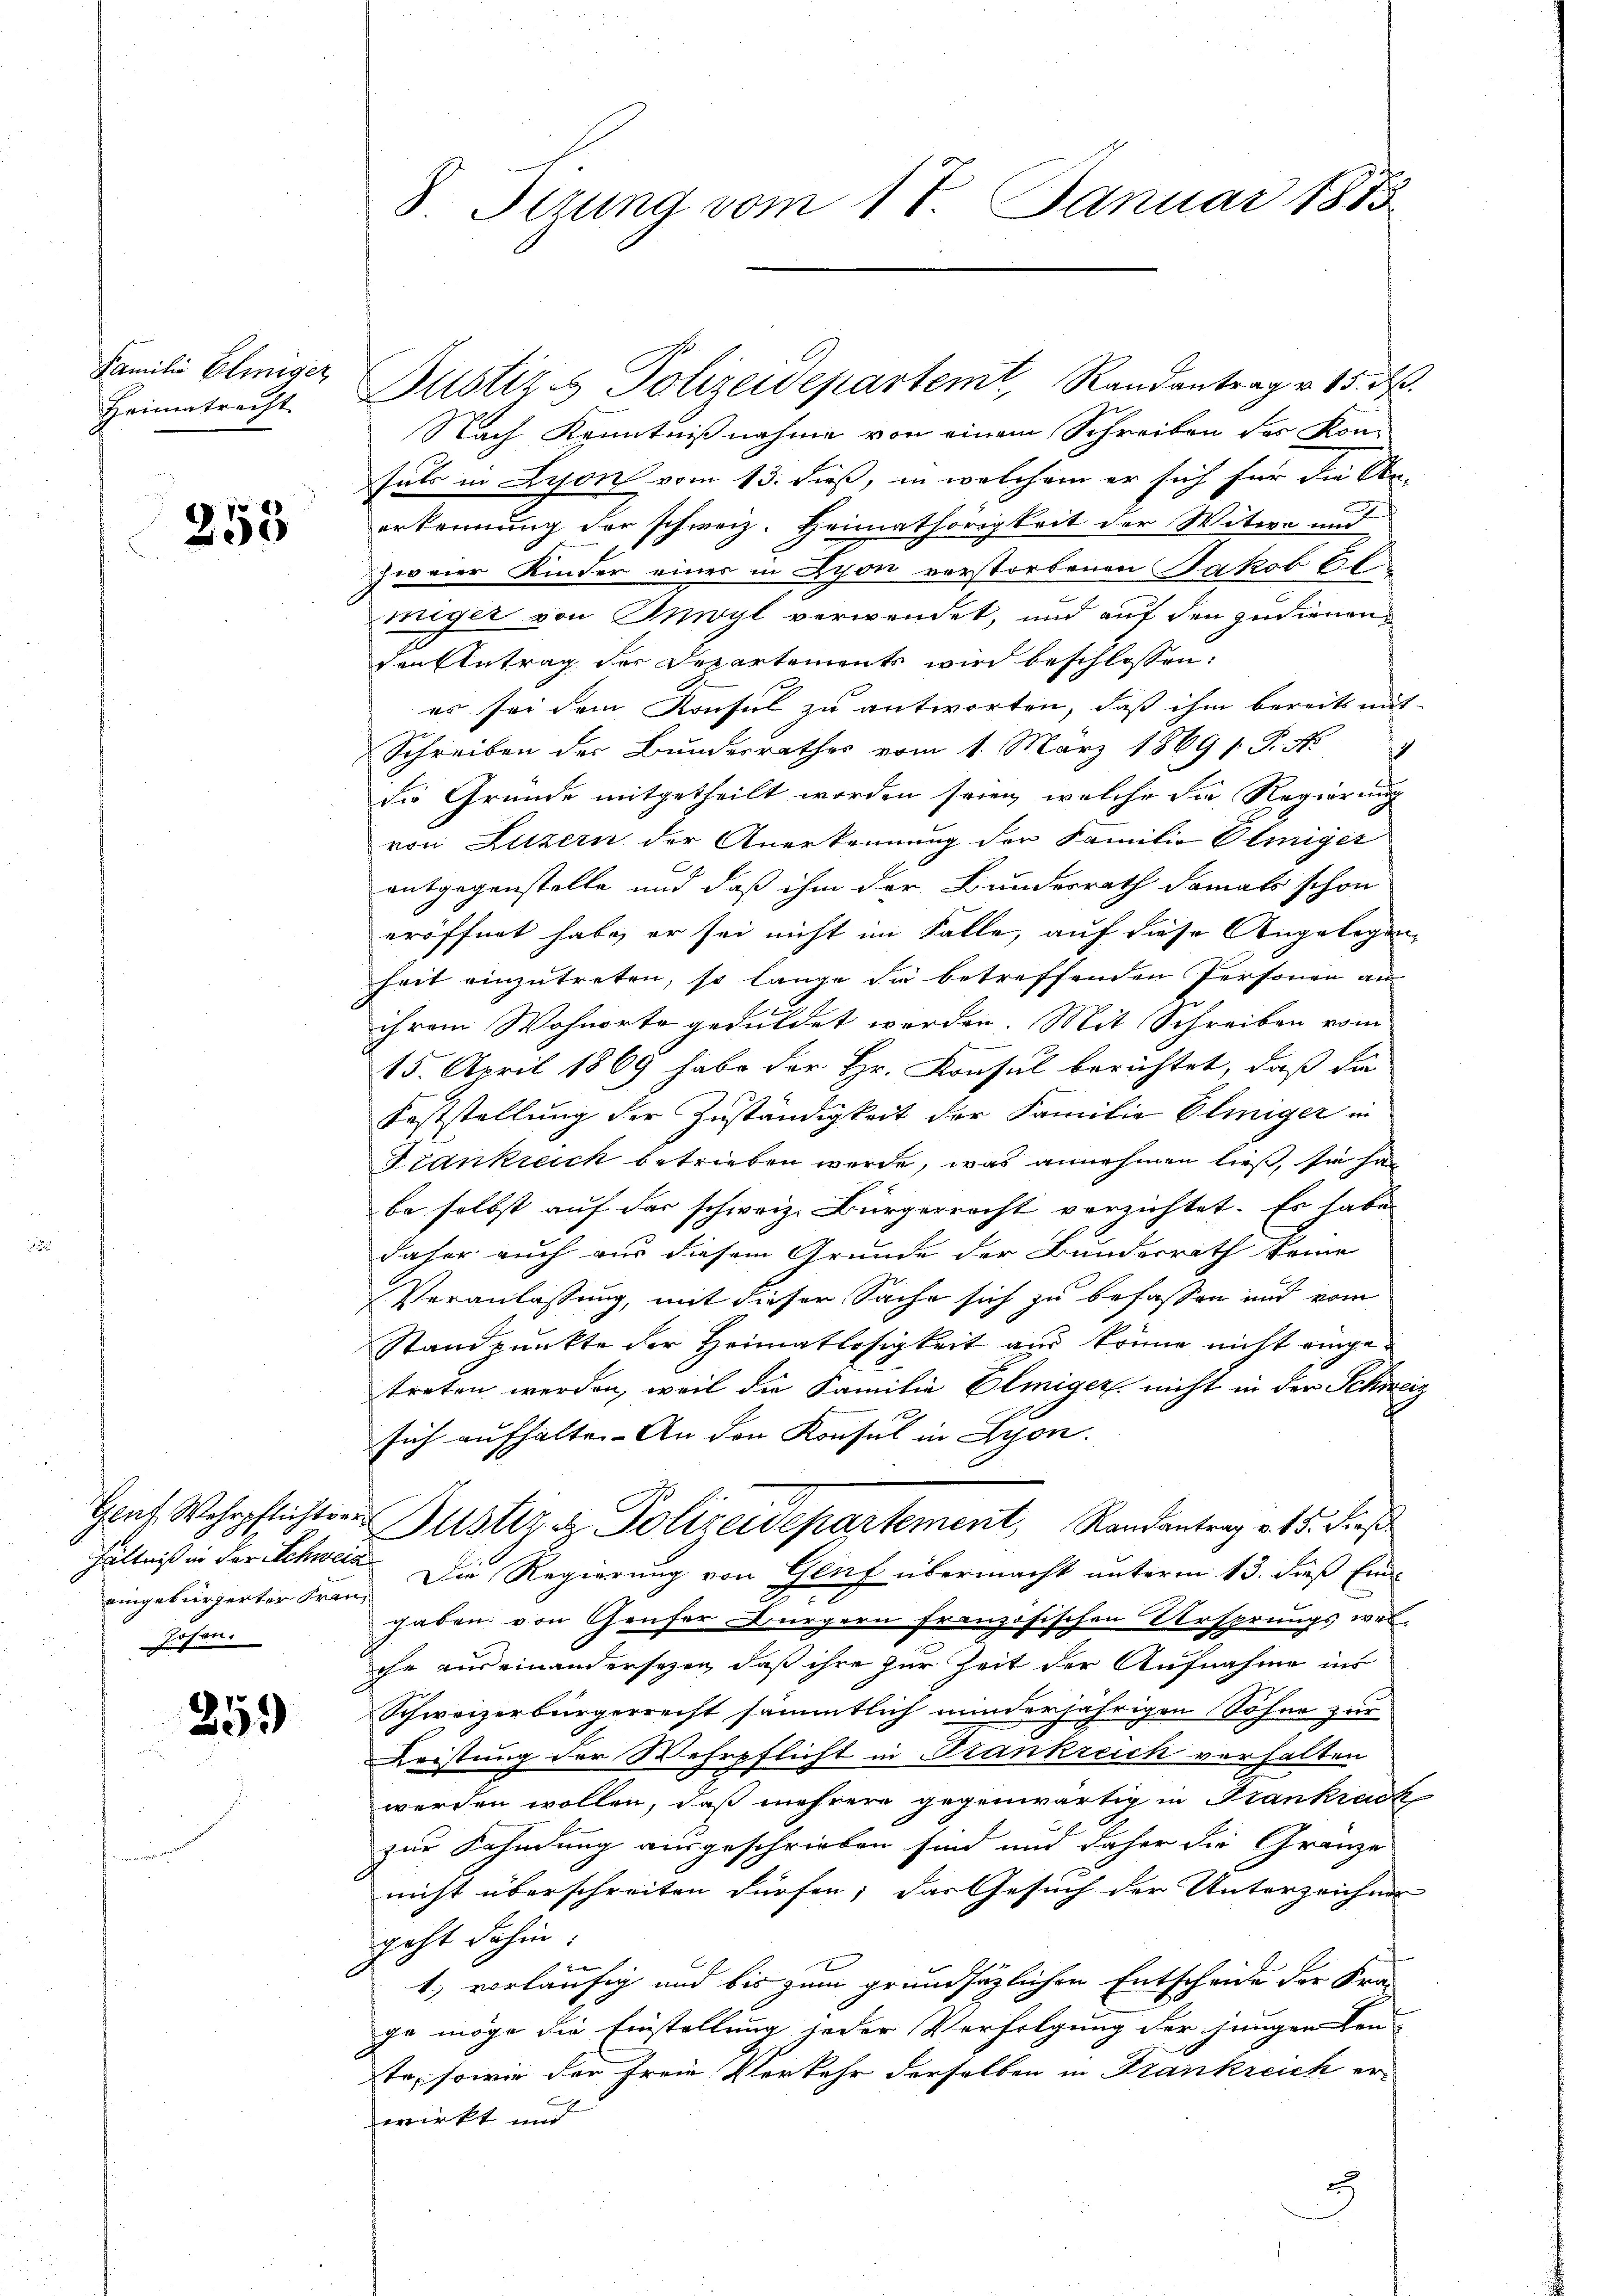
Familie Einiger
Heimatrecht

253

eingebürgerter Freuzosen.

259

Nach Kenntnißnahme von einem Schreiben des Konfals in Lyon vom 13. dieß, in welchem er sich für die An-
erkennung der schweiz. Heimathörigkeit der Witwe und
zweier Kinder einer in Lyon verstorbenen Jakob Cl
miger von Meryl verwendet, und auf den zudienenden Antrag der Departements wird beschlossen:
es sei dem Konsul zu antworten, daß ihm bereits mit-
Schreiben der Bunderrathes vom 1. März 1869 s. P. Nr. 9
die Grunde mitgetheilt worden seien, welche die Regierung
von Luzern der Anerkennung der Familie Pliniger
entgegenstelle und daß ihm der Bundesrath damals schon
eröffnet habe, er sei nicht im Falle, auf diese Angelegen
heit einzutreten, so lange die betreffenden Personen an
ihrem Wohnorte geduldet werden. Mit Schreiben vom
15. April 1869 habe der Hr. Konsul berichtet, daß da
Feststellung der Zuständigkeit der Familie Eliniger in
Frankreich betrieben werde, was annehmen ließ, sie ha
be selbst auf der schweiz. Bürgerrecht verzichtet. Es habe
daher auch nur diesem Grunde der Bundesrath keine
Veranlassung, mit dieser Sache sich zu befassen und vom
Standpunkte der Heimatlosigkeit aus könne nicht eingetreten werden, weil die Familie Elmiger nicht in der Schweiz
sich aufhalte. An den Konsul in Lyon.
Gant Wehrpflichter Justiz & Polizeidepartement, Randantrag v. 15. dieß
hältniß in der Schweiz. Die Regierung von Genf übermacht unterm 13. dieß Eind
e
gaben von Genfer Bürgern französischen Ursprungs welihr aus einandersezen, daß ihre zur Zeit der Aufnahme ins
Schweizerbürgerrecht sämmtlich minderjährigen Söhne zur
Leistung der Wehrpflicht in Frankreich verhalten
werden wollen, daß mehrere gegenwärtig in Frankrack
zur Fahndung ausgeschrieben sind und daher die Gränze
nicht überschreiten dürfen; das Gesuch der Unterzeichnen
geht dahin:
e
1., vorläufig und bis zum grundsätzlichen Entscheide der Kra
ge möge die Einstellung jeder Verfolgung der jungen Leu
te, sowie der Freie Verkehr derselben in Frankreich erwirkt und
3

S. Tizung vom 18. Januar 1883

Justiz & Polizeidepartemt, Randantrag v. 15. d.